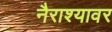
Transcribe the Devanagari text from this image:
नैराश्यावर